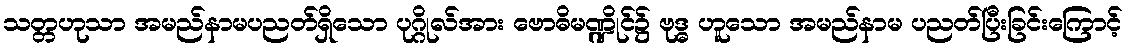
သတ္တဟုသာ အမည်နာမပညတ်ရှိသော ပုဂ္ဂိုလ်အား ဗောဓိမဏ္ဍိုင်၌ ဗုဒ္ဓ ဟူသော အမည်နာမ ပညတ်ပြီးခြင်းကြောင့်